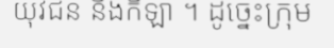
យុវជន និងកីឡា ។ ដូច្នេះក្រុម